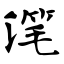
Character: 滗